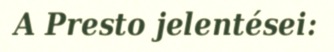
A Presto jelentései: